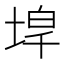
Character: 𡍇